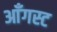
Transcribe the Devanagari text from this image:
आँगस्ट